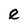
Character: e